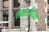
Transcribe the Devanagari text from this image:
तक्रारीचा